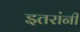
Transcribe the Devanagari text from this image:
इतरांनीं